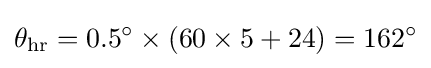
\theta _{\text{hr}}=0.5^{\circ }\times (60\times 5+24)=162^{\circ }